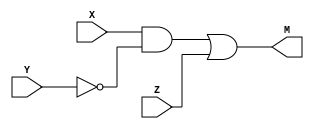
module circuit4 (input X, Y, Z, output M);
    wire g1;
    // g1 = Y'
    wire g2;
    // g2 = XY'

    not (g1,Y);
    and (g2,X,g1);
    or (M,g2,Z);
    
endmodule